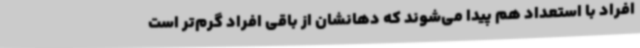
افراد با استعداد هم پیدا می‌شوند که دهانشان از باقی افراد گرم‌تر است